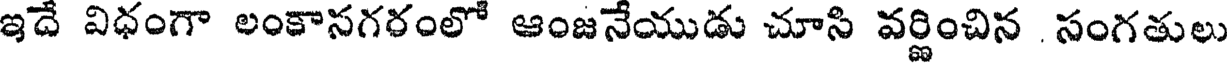
ఇదే విధంగా లంకాసగరంలో ఆంజనేయుడు చూసి వర్ణించిన సంగతులు